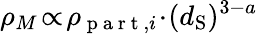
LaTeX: \rho_{M}\! \propto\! \rho_{\mathrm{~p~a~r~t~},i}\! \cdot\! (d_{\mathrm{S}})^{3-a}